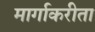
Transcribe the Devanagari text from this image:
मार्गाकरीता